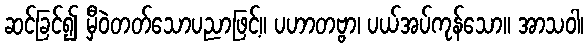
ဆင်ခြင်၍ မှီဝဲတတ်သောပညာဖြင့်။ ပဟာတဗ္ဗာ၊ ပယ်အပ်ကုန်သော။ အာသဝါ၊